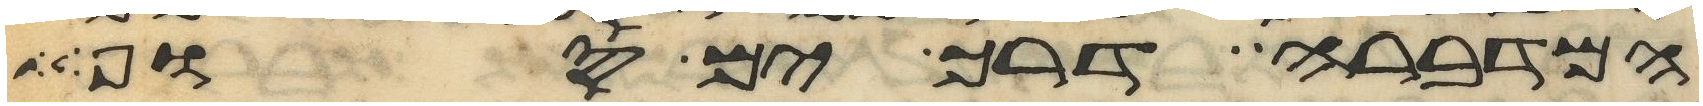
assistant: המדברה דרך ים סוף